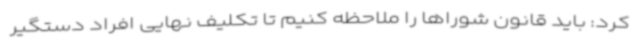
کرد: باید قانون شوراها را ملاحظه کنیم تا تکلیف نهایی افراد دستگیر